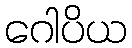
ဂေါပိယ